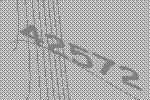
42572